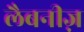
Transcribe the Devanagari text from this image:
लैबनीज़